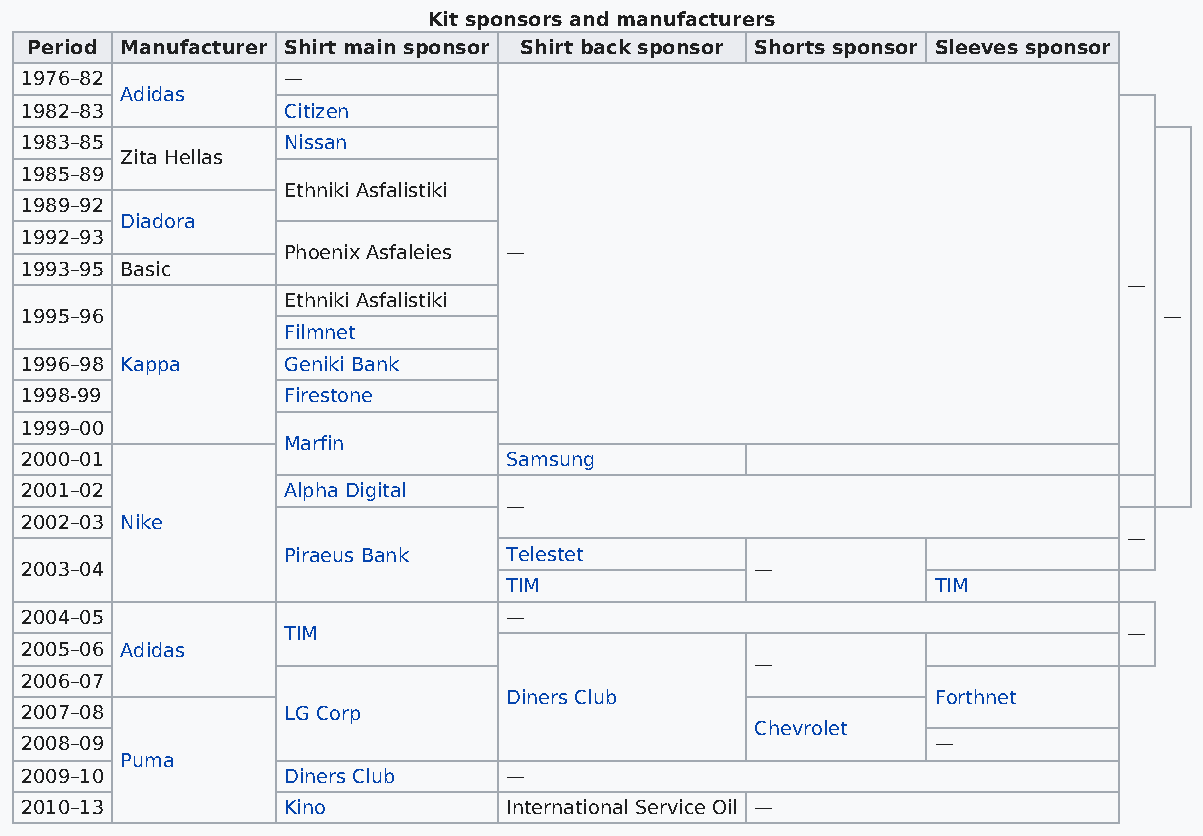
Kit sponsors and manufacturers
 Period Manufacturer Shirt main sponsor Shirt back sponsor Shorts sponsor Sleeves sponsor
 1976–82           —
 Adidas
 1982–83           Citizen
 1983–85           Nissan
 Zita Hellas
 1985–89
 Ethniki Asfalistiki
 1989–92
 Diadora
 1992–93
 Phoenix Asfaleies —
 1993–95 Basic
 —
 Ethniki Asfalistiki
 1995–96                                                                     —
 Filmnet
 1996–98 Kappa     Geniki Bank
 1998-99           Firestone
 1999–00
 Marfin
 2000–01                         Samsung
 2001–02           Alpha Digital
 —
 2002–03 Nike
 —
 Piraeus Bank  Telestet
 2003–04                                          —
 TIM                          TIM
 2004–05                         —
 TIM                                                     —
 2005–06 Adidas
 —
 2006–07
 Diners Club                  Forthnet
 2007–08           LG Corp
 Chevrolet
 2008–09                                                      —
 Puma
 2009–10           Diners Club   —
 2010–13           Kino          International Service Oil —